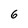
Character: 6